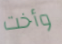
وأخت